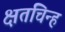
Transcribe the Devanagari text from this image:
क्षतचिन्ह